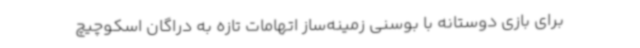
برای بازی دوستانه با بوسنی زمینه‌ساز اتهامات تازه به دراگان اسکوچیچ